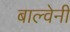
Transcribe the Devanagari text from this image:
बाल्वेनी